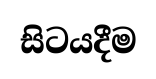
සිටයදීම